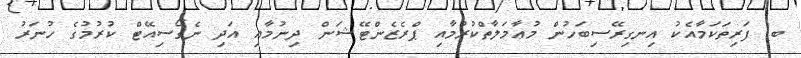
ބ) ފަރިތަކަމާއެކު އިނގިރޭސިބަހުން މުޢާމަލާތްކުރުމާއި ޕްރެޒެންޓޭޝަން ދިނުމާއި އަދި ނެގޯސިއޭޓް ކުރުމުގެ ހުނަރު